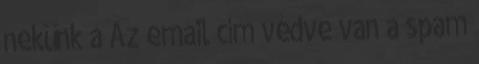
nekünk a Az email cím védve van a spam